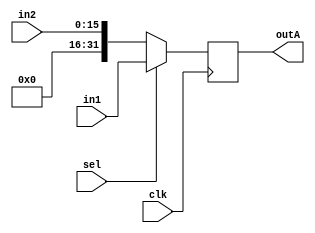
module muxA ( clk, in1, in2, sel, outA); // near ALU
input clk;
input [31:0] in1; //alu OUTPUT
input [15:0] in2;
input sel;
output [31:0] outA;

reg [31:0] outA;

always@(posedge clk)
begin
	if ( sel == 1 ) begin
	outA <= in1;
	end
	else if ( sel == 0) begin
	outA <= {16'b0000000000000000 , in2};
	end
end
endmodule